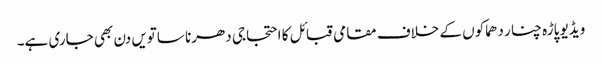
ویڈیو پاڑہ چنار دھماکوں کے خلاف مقامی قبائل کا احتجاجی دھرنا ساتویں دن بھی جاری ہے۔